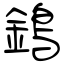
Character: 鵭